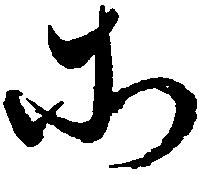
所